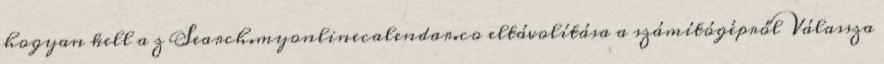
hogyan kell a z Search.myonlinecalendar.co eltávolítása a számítógépről Válassza